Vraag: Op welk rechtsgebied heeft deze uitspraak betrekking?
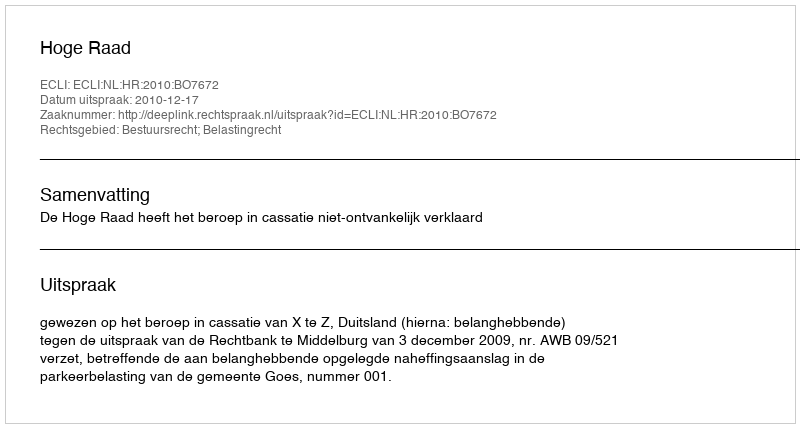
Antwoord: Bestuursrecht; Belastingrecht